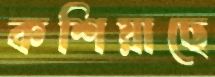
কশিয়াছে